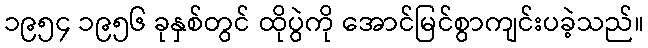
၁၉၅၄ ၁၉၅၆ ခုနှစ်တွင် ထိုပွဲကို အောင်မြင်စွာကျင်းပခဲ့သည်။